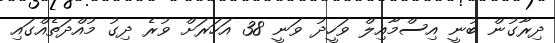
ދިރާގުން ބުނީ އިސްމާއިލް ވަހީދު ވަނީ 38 އަހަރަށް ވުރެ ދިގު މުއްދަތެއްގައި